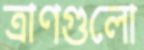
ত্রাণগুলো